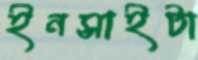
ইনসাইটা